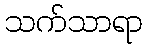
သက်သာရာ